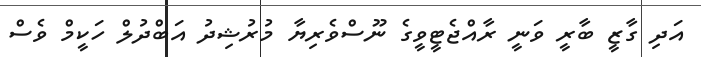
އަދި ގާޒީ ބާރީ ވަނީ ރާއްޖެޓީވީގެ ނޫސްވެރިޔާ މުރުޝިދު އަބްދުލް ހަކީމް ވެސް